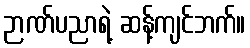
ဉာဏ်ပညာရဲ့ ဆန့်ကျင်ဘက်။